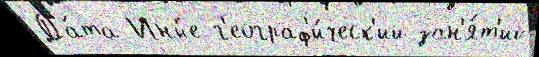
Да́та Ины́е г'еограф'и́ческ'ий зан'я́т'ий